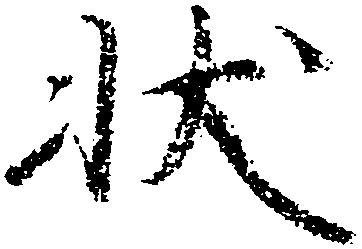
状